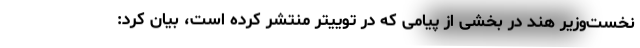
نخست‌وزیر هند در بخشی از پیامی که در توییتر منتشر کرده است، بیان کرد: